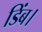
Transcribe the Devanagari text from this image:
डिंब।